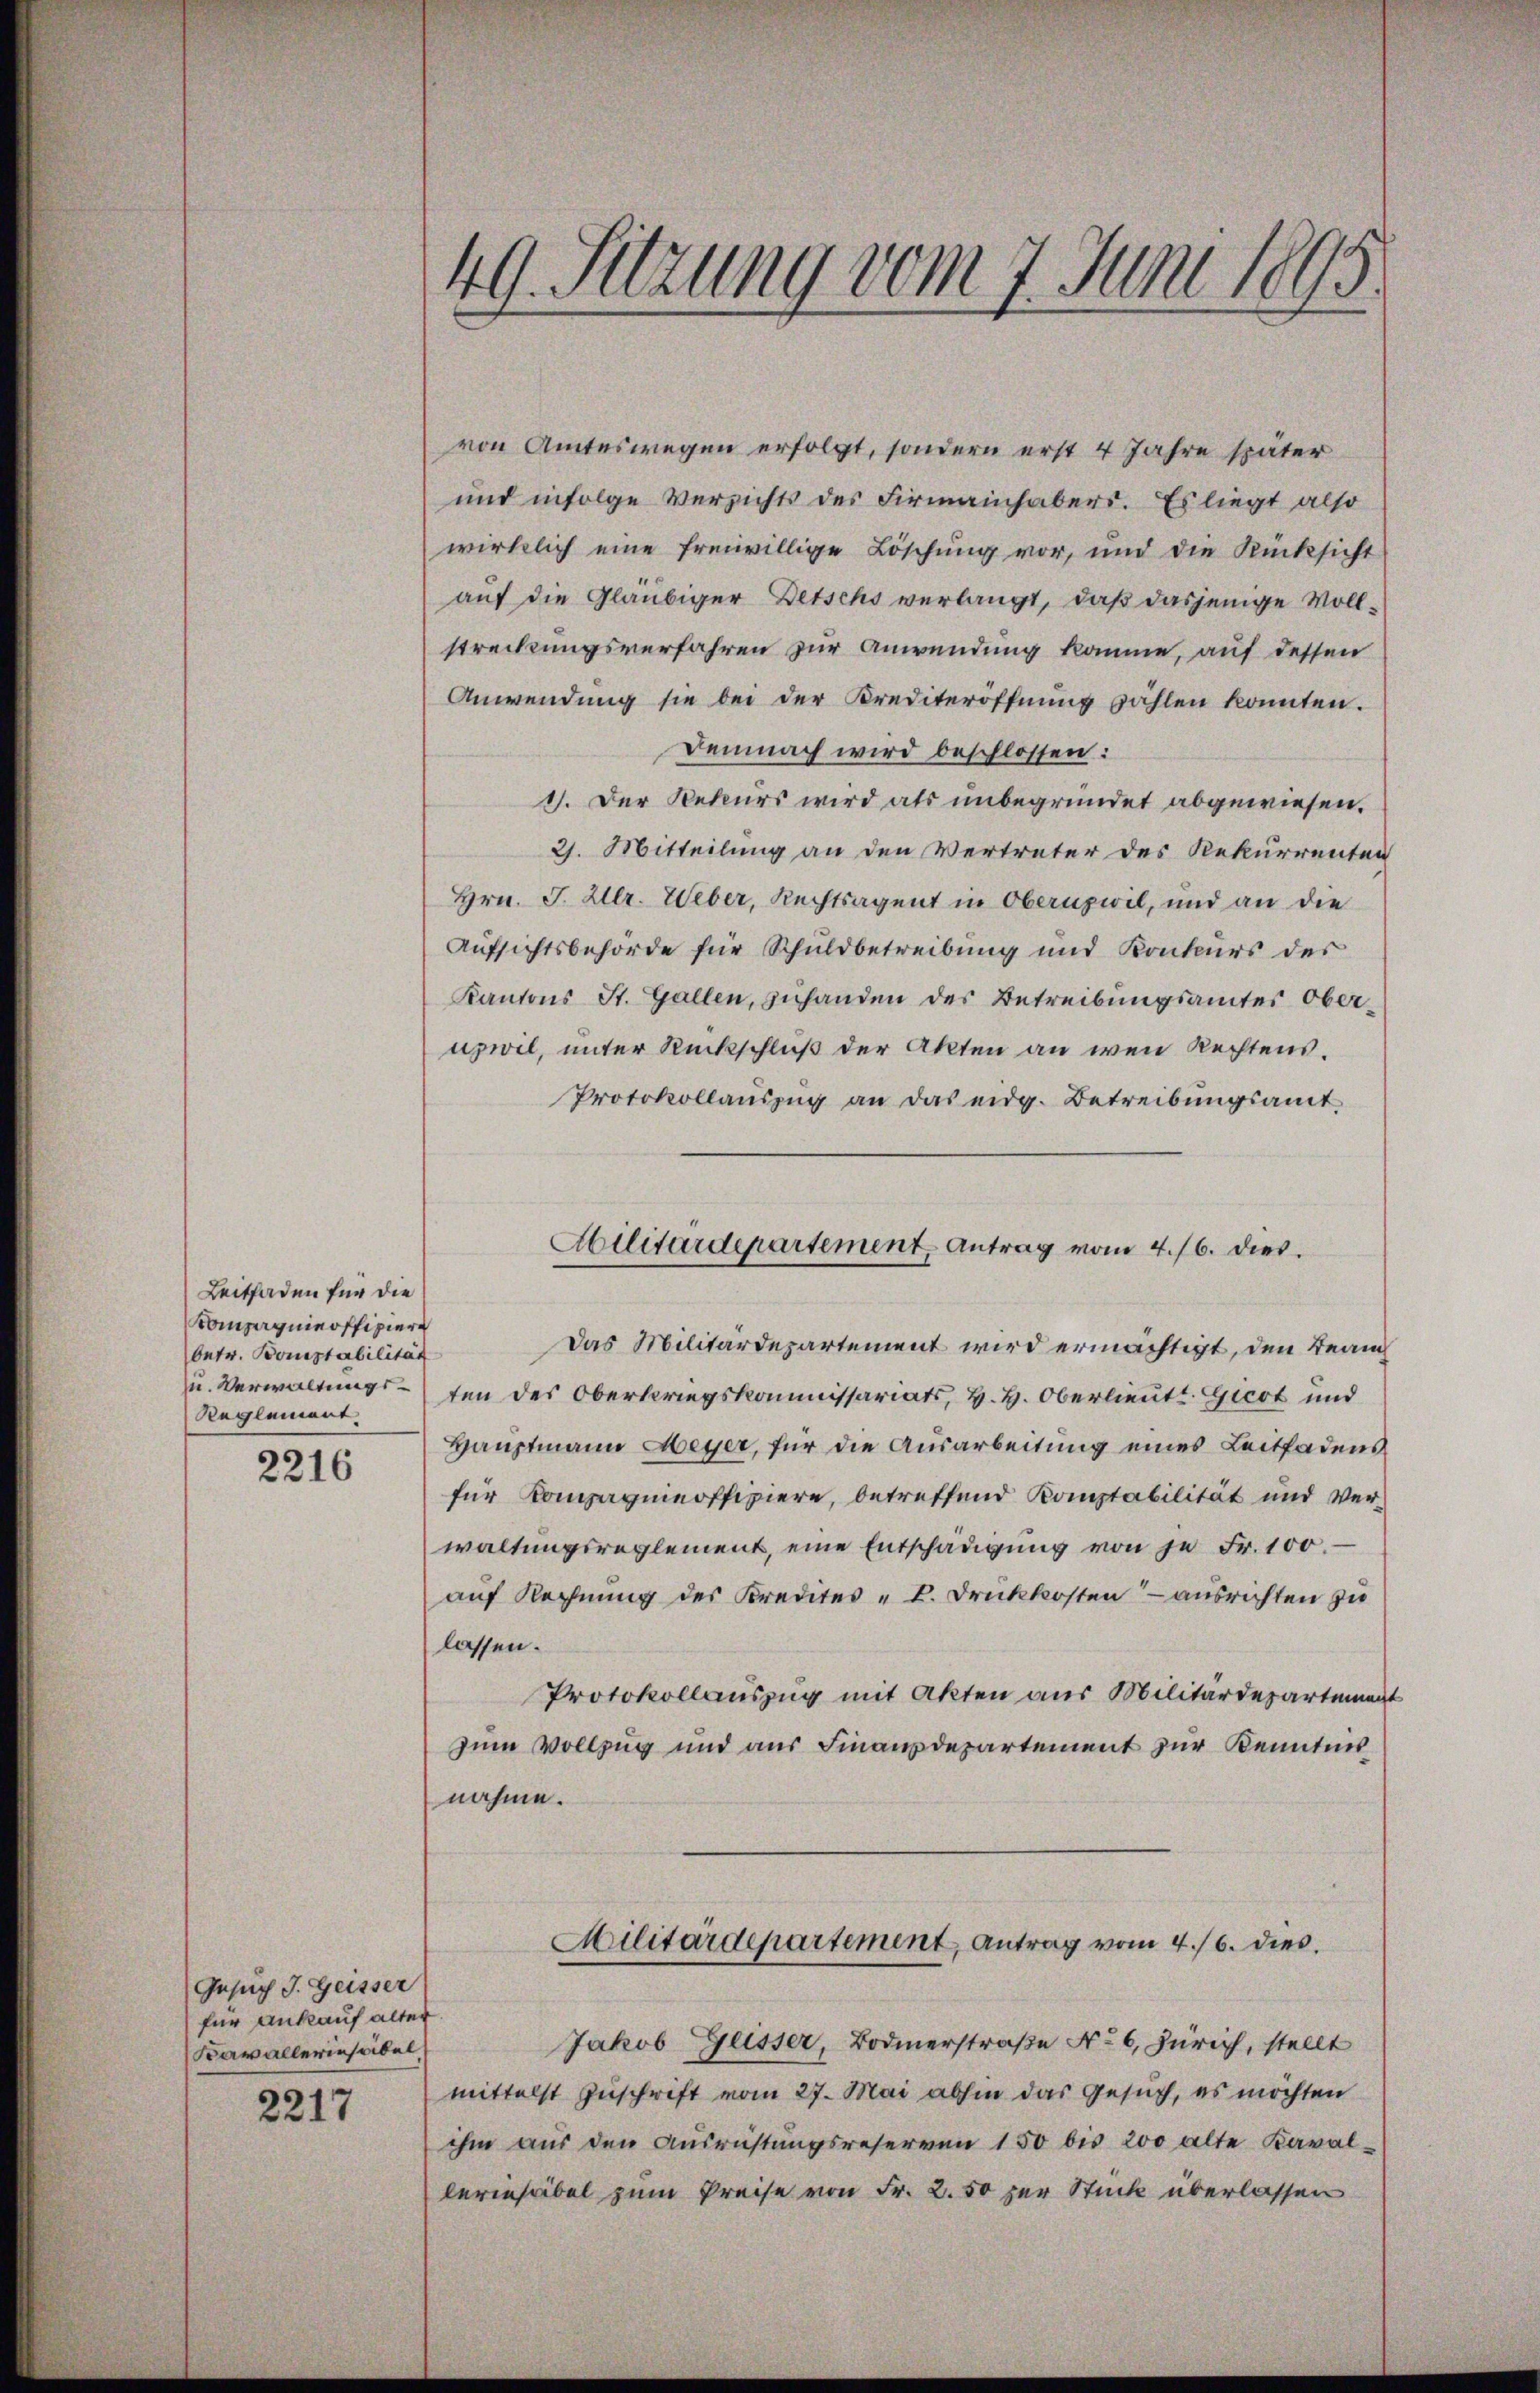
Leitfaden für die
Compagnieoffiziere
betr. Bonstabilität
Reglement.

2216

von Amteswegen erfolgt, sondern erst 4 Jahre später
und infolge Versichts des Firmainhabers. Es liegt also
wirklich eine freiwillige Löschung vor, und die Rücksicht
auf die Gläubiger Detschs verlangt, daß dasjenige Vollstreckungsverfahren zur Anwendung komme, auf dessen
Anwendung sie bei der Krediteröffnung zählen konnten.
Demnach wird beschlossen:
1. Der Rekurs wird als unbegründet abgewiesen.
21. Mitteilung an den Vertreter des Rekurrenten
Hrn. J. Hlr. Weber, Rechtsagent in Obernzwil, und an die
Aufsichtsbehörde für Schuldbetreibung und Konkurs der
Kantons St. Gallen, zuhanden des Betreibungsamtes Oberuzwil, unter Rückschluß der Akten an wen Rechtens.
Protokollauszug an das eidg. Betreibungsamt
Das Militärdepartement wird ermächtigt, den Bean
u. Verwaltungsten des Oberkriegskommissariats, H. H. Oberlieutt Gicot und
Hauptmann Meyer, für die Ausarbeitung eines Leitfadens
für Kompagnieoffiziere, betreffend Komptabilität und Verwaltungsreglement, eine Entschädigung von je Fr. 100.
auf Rechnung des Kredites „ V. Druckkosten – ausrichten zu
lassen.
Protokollauszug mit Akten aus Militärdepartement
zum Vollzug und aus Finanzdepartement zur Kenntnis
nahme.
Militärdepartement, Antrag vom 4./6. dies
Jakob Geisser, Bodmerstraße No. 6, Zürich, stellt
mittelst Zuschrift vom 27. Mai abhin das Gesuch, es möchten
ihm aus den Ausrichtungsreserven 150 bis 200 alte Kaval-
lerinsäbel zum Preise von Fr. 2.50 zur Stück überlassen

Gesuch J. Geisser
für ankauf alter.
Bavallerinsabel

2217

49. Setzung vom 7. Juni 1895.

Abilitärdepartement Antrag vom 4./6. dies